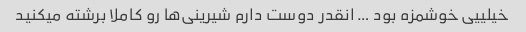
خیلییی خوشمزه بود … انقدر دوست دارم شیرینی‌ها رو کاملا برشته میکنید